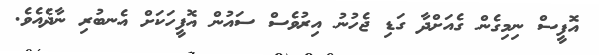
އޮފީސް ނިމިގެން ގެއަށްދާ ގަޑި ޖެހުނު އިރުވެސް ސައުން އޮފީހަކަށް އެނބުރި ނާދެއެވެ.